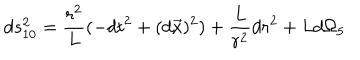
d s _ { 1 0 } ^ { 2 } = \frac { r ^ { 2 } } { L } ( - d t ^ { 2 } + ( d \vec { x } ) ^ { 2 } ) + \frac { L } { r ^ { 2 } } d r ^ { 2 } + L d \Omega _ { 5 }